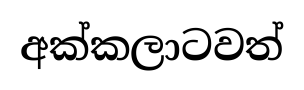
අක්කලාටවත්